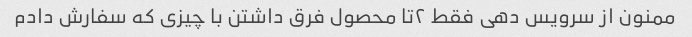
ممنون از سرویس دهی فقط ۲تا محصول فرق داشتن با چیزی که سفارش دادم